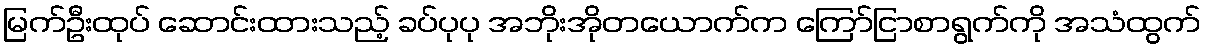
မြက်ဦးထုပ် ဆောင်းထားသည့် ခပ်ပုပု အဘိုးအိုတယောက်က ကြော်ငြာစာရွက်ကို အသံထွက်